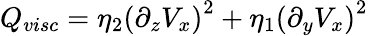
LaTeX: Q_{visc}=\eta_{2}\left(\partial_{z}V_{x}\right)^{2}+\eta_{1}\left(\partial_{y}V_{x}\right)^{2}